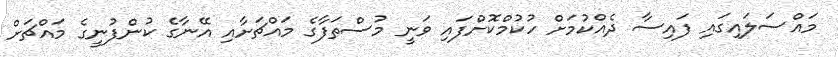
މައްސަލައިގައި ފައިސާ ދެއްކުމަށް ހުކުމްކޮށްފައި ވަނީ މުސްތަފާގެ މައްޗަށާއި އޭނާގެ ކުންފުނީގެ މައްޗަށް